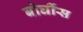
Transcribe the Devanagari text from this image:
बोर्घीस